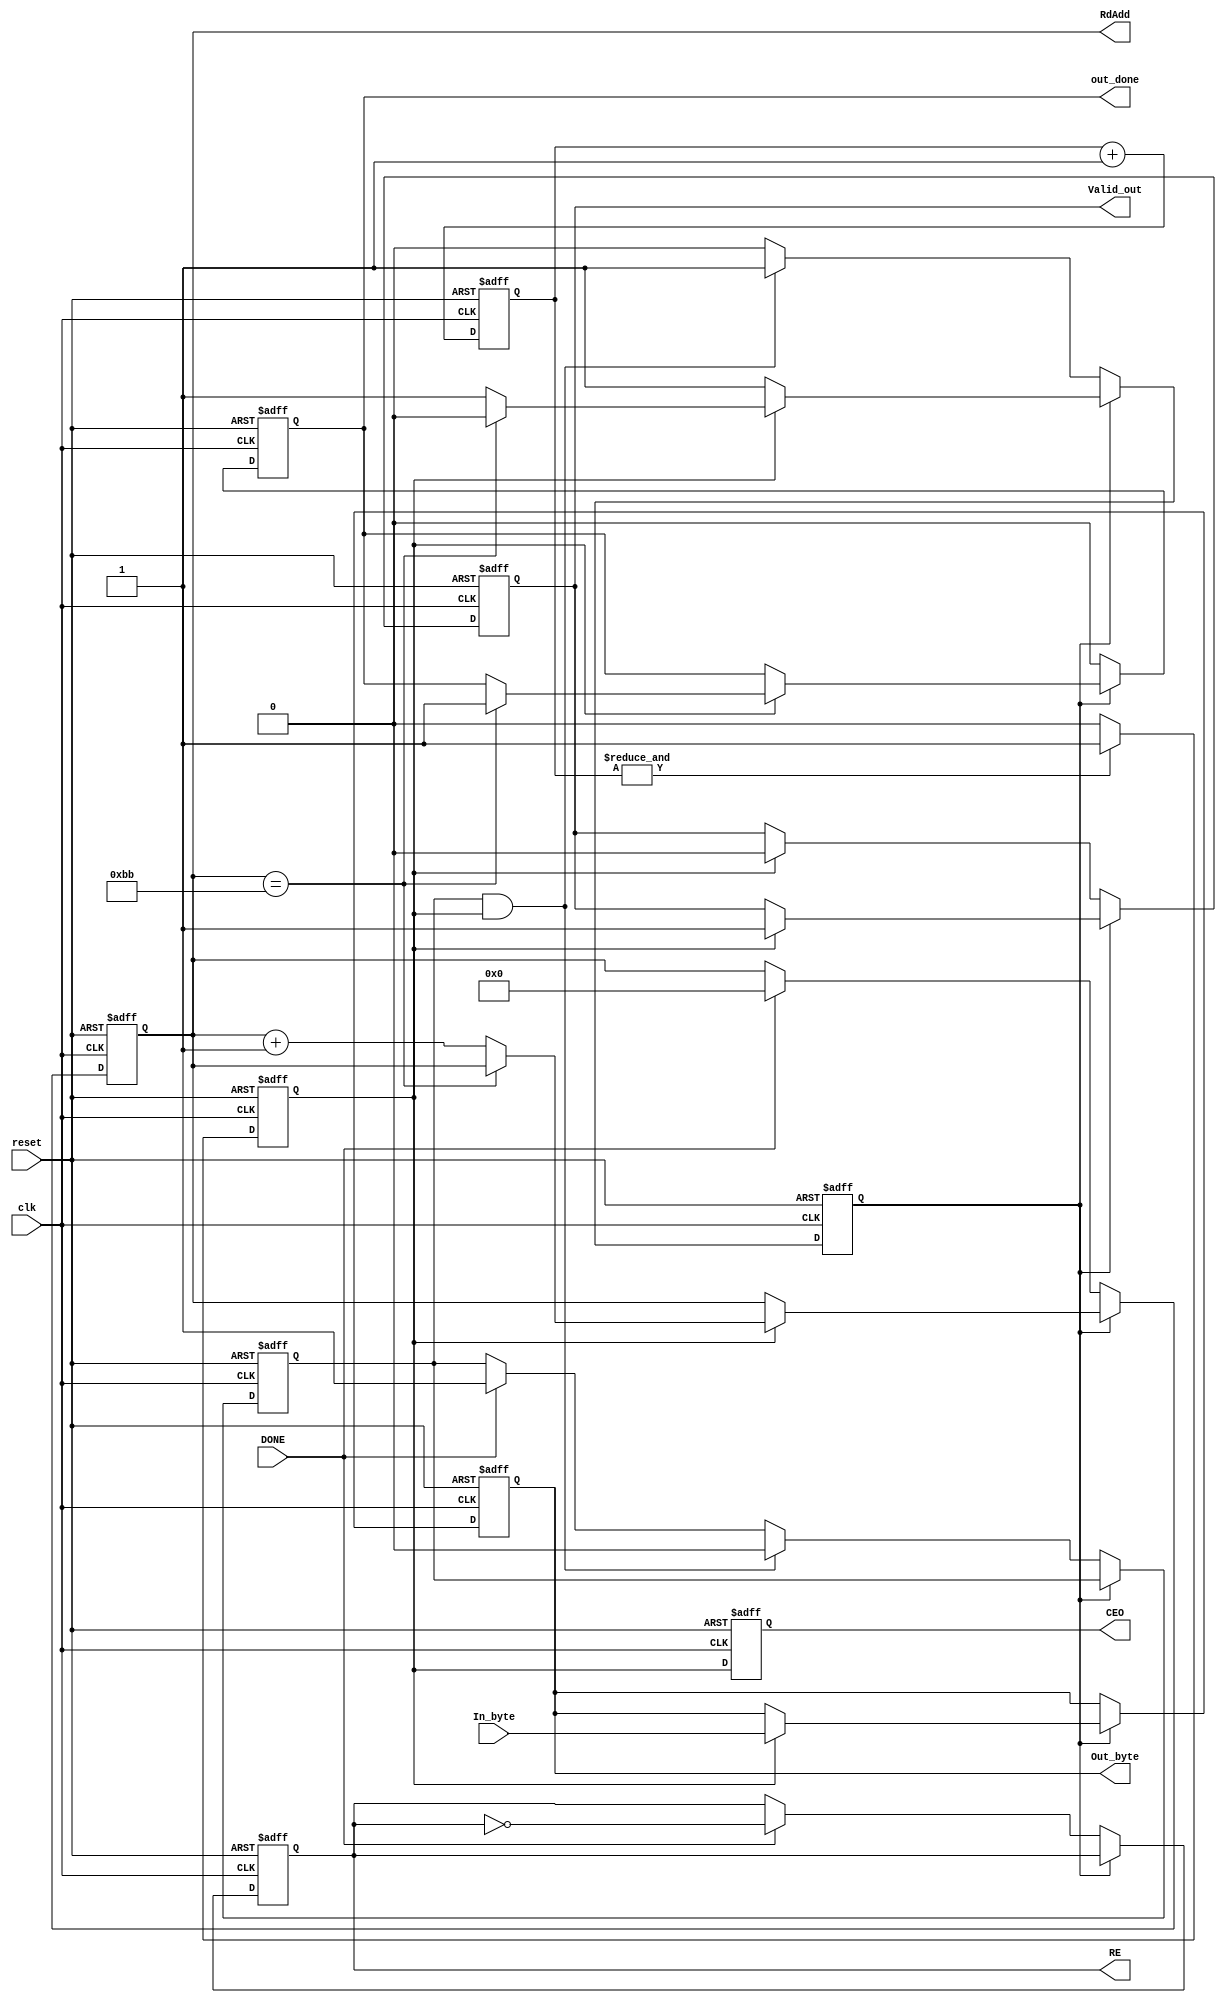
module out_stage
/////  generate output bytes from pipeling memories
(

input clk, // input clock planned to be 56 Mhz
input reset, // active high asynchronous reset

// active high flag for one clock to indicate that the block should work
input DONE, 

output reg RE,  /// RE for input memories 

output reg [7:0] RdAdd,

input [7:0] In_byte,
//////////////////////////////////////
output reg [7:0] Out_byte,
output reg CEO,
output reg Valid_out,
//////////////////////////////////////
output reg out_done

);

reg CE;
reg [2:0] cnt8;


reg state;  //// 0 or 1

reg F;  /// flag to control translation from state 0 to state1

////// CE generation///////////
always@(posedge clk or posedge reset)
begin
	if(reset)
		begin
			CE<=0;
			cnt8<=0;
			CEO<=0;
		end
	else
		begin
			cnt8<=cnt8+1;
			CEO <= CE;
			
			if(&cnt8)
				CE<=1;
			else
				CE<=0;
		end
end
//////////////////////////////////////////////////////////
always@(posedge clk or posedge reset)
begin
	if(reset)
		begin
			RE<=0;
			RdAdd<=0;
			out_done<=0;
			state<=0;
			Valid_out<=0;
			Out_byte<=0;
			F<=0;
		end
	else
		begin
			case(state)
			////////////////////////////////////////////////
			1:begin  // operation is running
				if (CE)
						begin
							if(RdAdd == 187)
								begin
									state<=0;
									out_done<=1;
								end
							else	
								RdAdd<=RdAdd+1;
								
								Out_byte<=In_byte;
								Valid_out<=1;
						end	
			end
			///////////////////////////////////////////////
			default:begin    /// idle state
				if(CE)
					Valid_out<=0;
				
				
				out_done<=0;
				
				if(DONE)
					begin
						F<=1;
						RE<=~RE;
						RdAdd<=0;
					end
				
				if(F && CE)
					begin
						state<=1;
						F<=0;
					end
			end
			/////////////////////////////////////////////////////////////////////
			endcase
		end
end

endmodule